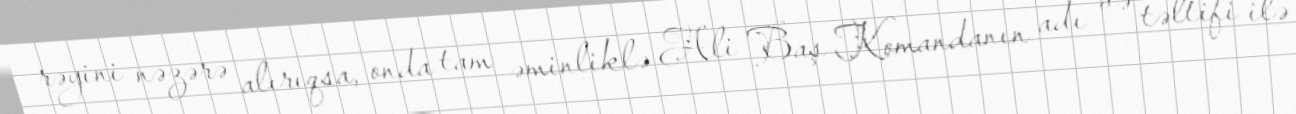
rəyini nəzərə alırıqsa, onda tam əminliklə Ali Baş Komandanın adı və təltifi ilə